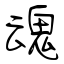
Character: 魂